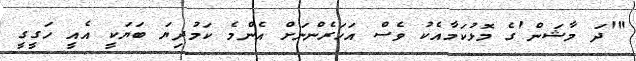
"'ދަ މާޝަން'ގެ މޮޅުކަމާއެކު ވެސް އަހަރެންނަށް އެންމެ ކަމުދިޔަ ބަޔަކީ އެއީ ހަގީގީ